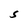
Character: S